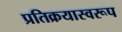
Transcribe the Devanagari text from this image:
प्रतिक्रयास्वरूप